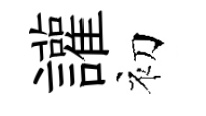
讙初